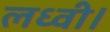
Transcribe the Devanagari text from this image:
लध्वी।